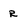
Character: R